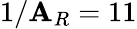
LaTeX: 1/\mathbf{A}_{R}=11